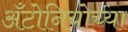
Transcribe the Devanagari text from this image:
अँटोनियोच्या